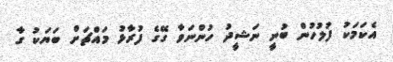
އެކަމަކު ފުލުހުން ބުނީ ނަޝީދު ހުންނަވާ ގޭގެ ފުރާޅު މައްޗަށް ބަޔަކު ގާ